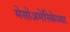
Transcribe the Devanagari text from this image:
मेसोअमेरिकेच्या